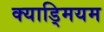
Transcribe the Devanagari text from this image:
क्याड्मियम